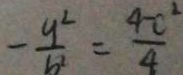
- \frac { y ^ { 2 } } { b ^ { 2 } } = \frac { 4 - c ^ { 2 } } { 4 }